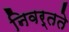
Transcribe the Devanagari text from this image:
निवर्तते